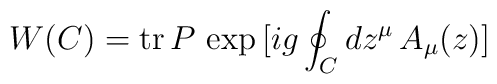
W(C) ={\rm tr}\,P\,\exp\,[ig\oint_C dz^\mu\,A_\mu(z)]